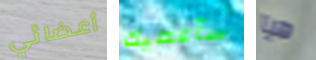
أعضائي سأعطيك هيا